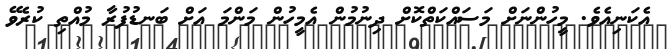
އެކަނިއެވެ. މީހުންނަށް މަސައްކަތްކޮށް ދިނުމުން އެމީހުން މަންމަ އަށް ބަނޑުފުރާ މުއްތި ކުރެވޭ